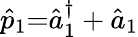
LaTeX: \hat{p}_{1}{=}\hat{a}_{1}^{\dagger}+\hat{a}_{1}